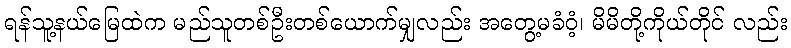
ရန်သူ့နယ်မြေထဲက မည်သူတစ်ဦးတစ်ယောက်မျှလည်း အတွေ့မခံဝံ့၊ မိမိတို့ကိုယ်တိုင် လည်း